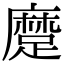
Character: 𨄬